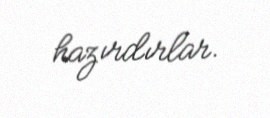
hazırdırlar.